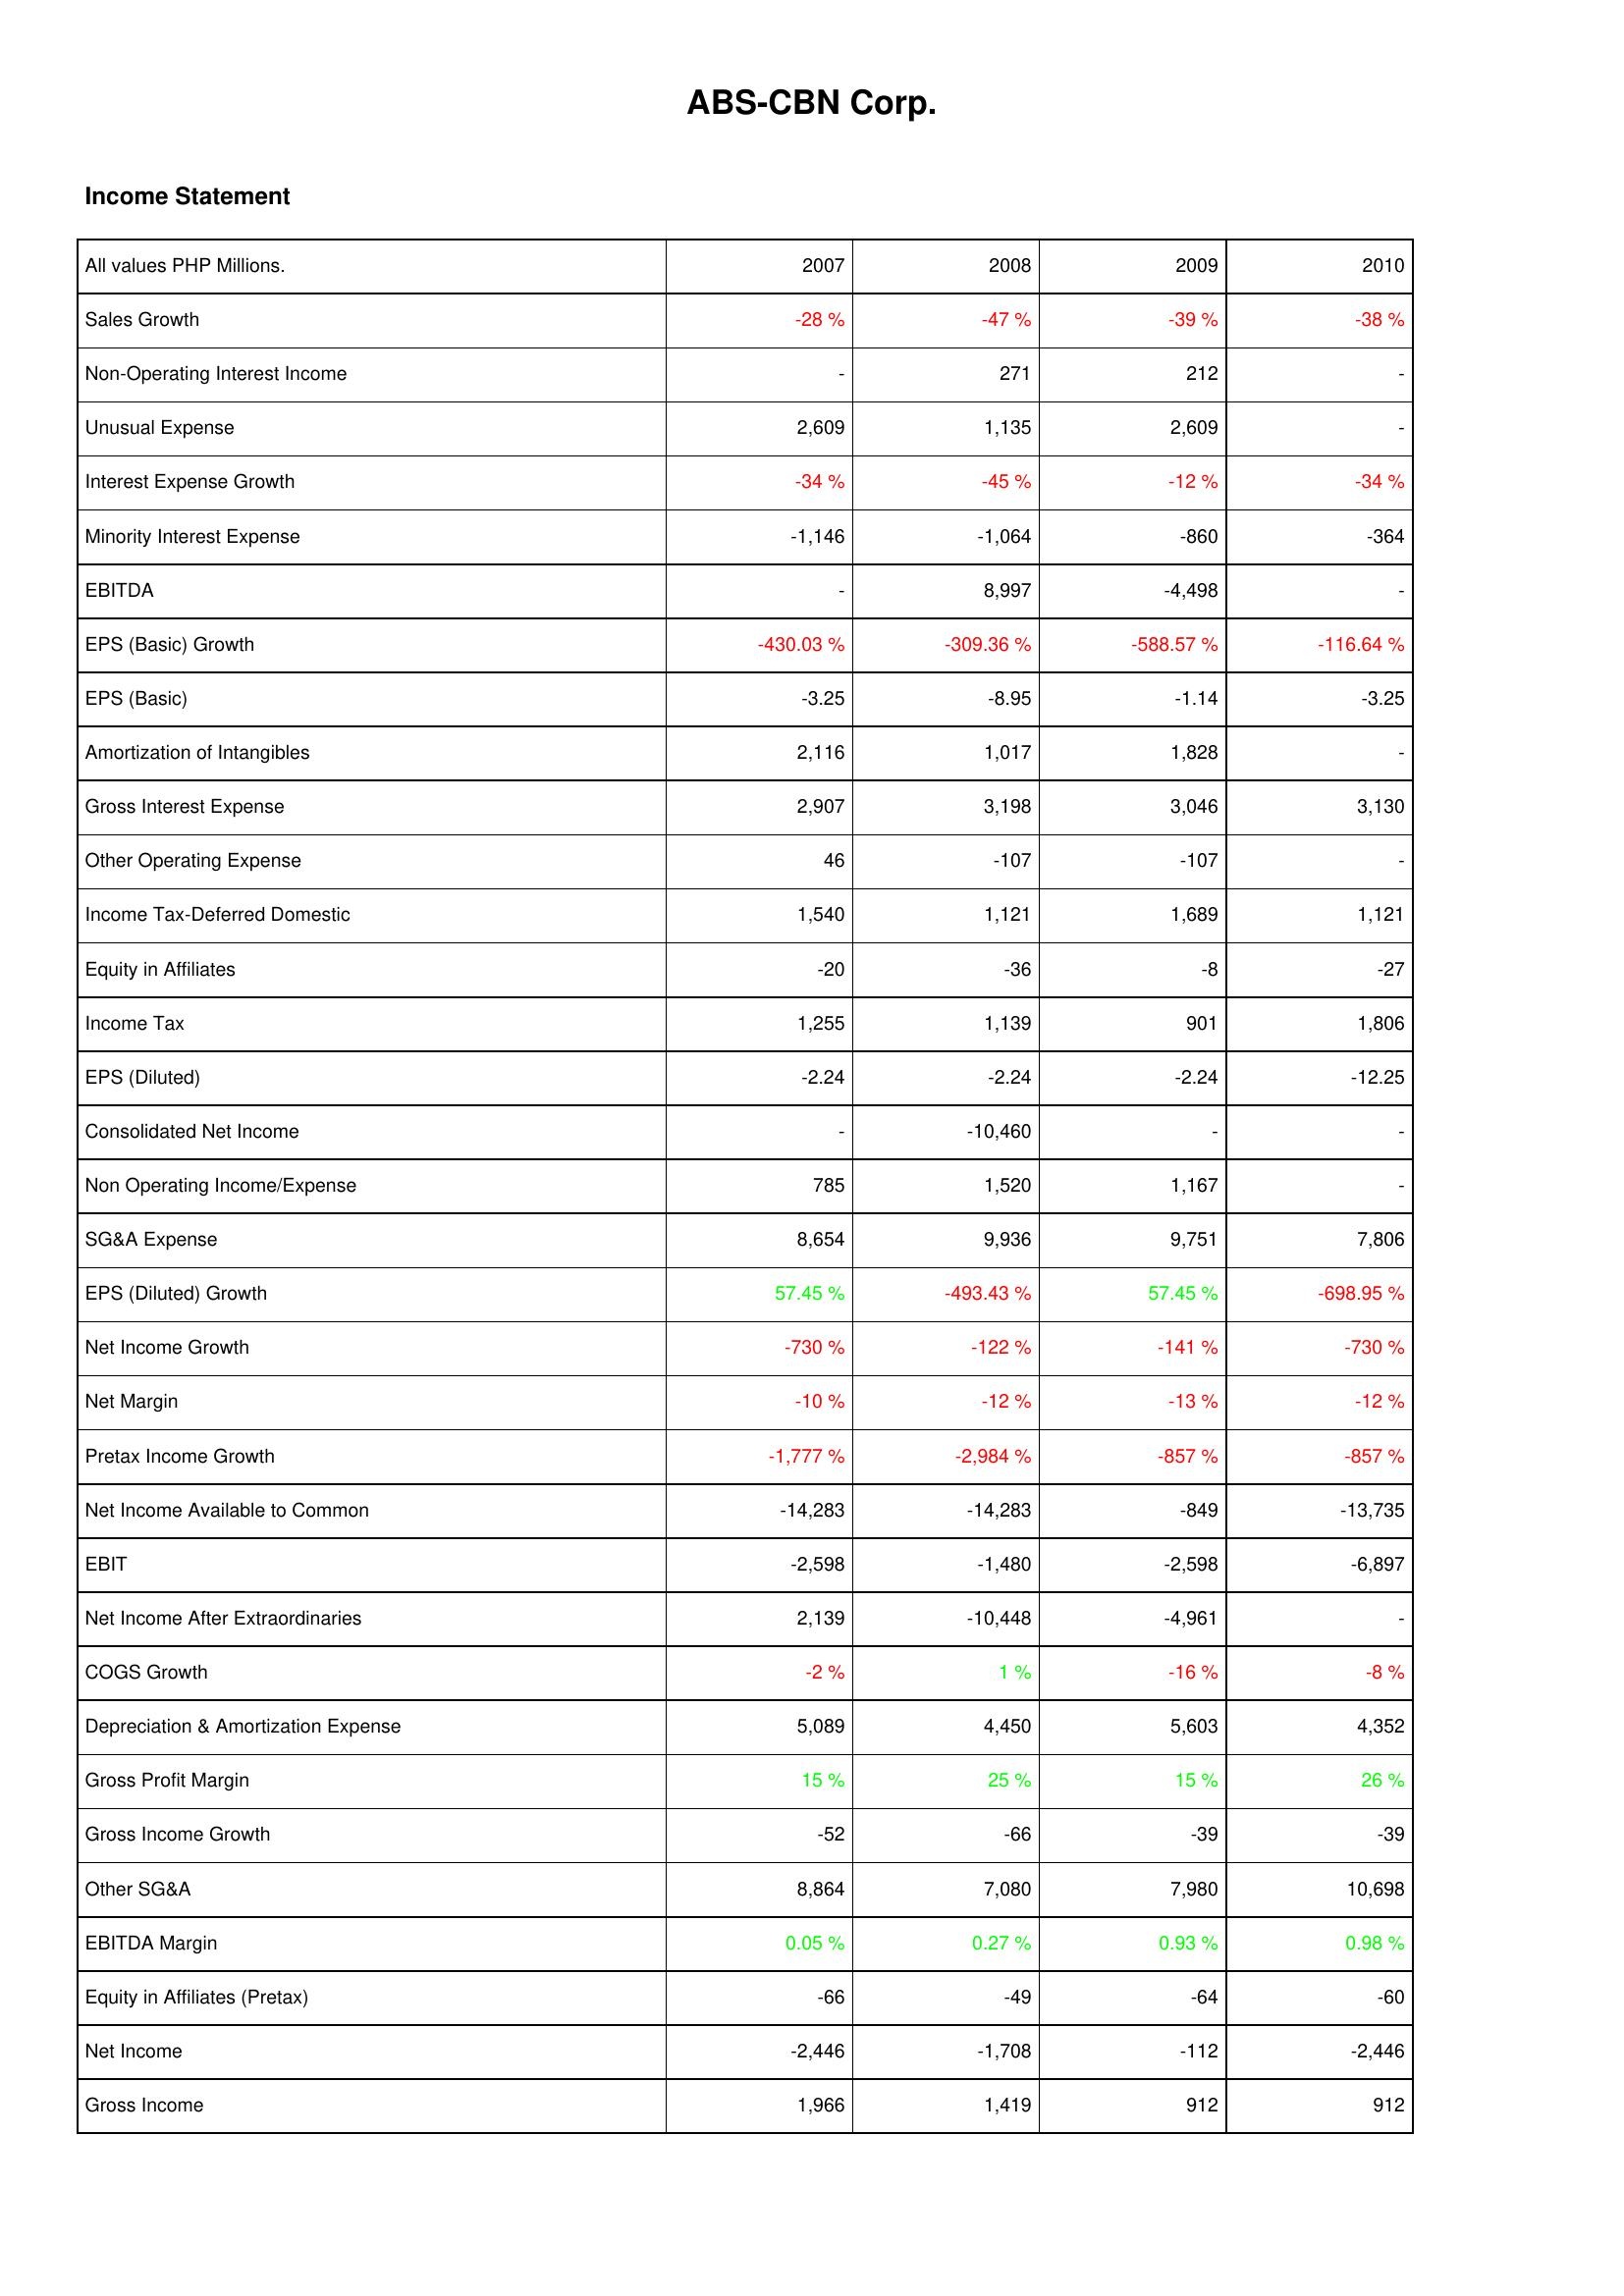
2007: Income Statement: Sales Growth: -28 %
Non-Operating Interest Income: -
Unusual Expense: 2,609
Interest Expense Growth: -34 %
Minority Interest Expense: -1,146
EBITDA: -
EPS (Basic) Growth: -430.03 %
EPS (Basic): -3.25
Amortization of Intangibles: 2,116
Gross Interest Expense: 2,907
Other Operating Expense: 46
Income Tax-Deferred Domestic: 1,540
Equity in Affiliates: -20
Income Tax: 1,255
EPS (Diluted): -2.24
Consolidated Net Income: -
Non Operating Income/Expense: 785
SG&A Expense: 8,654
EPS (Diluted) Growth: 57.45 %
Net Income Growth: -730 %
Net Margin: -10 %
Pretax Income Growth: -1,777 %
Net Income Available to Common: -14,283
EBIT: -2,598
Net Income After Extraordinaries: 2,139
COGS Growth: -2 %
Depreciation & Amortization Expense: 5,089
Gross Profit Margin: 15 %
Gross Income Growth: -52
Other SG&A: 8,864
EBITDA Margin: 0.05 %
Equity in Affiliates (Pretax): -66
Net Income: -2,446
Gross Income: 1,966
2008: Income Statement: Sales Growth: -47 %
Non-Operating Interest Income: 271
Unusual Expense: 1,135
Interest Expense Growth: -45 %
Minority Interest Expense: -1,064
EBITDA: 8,997
EPS (Basic) Growth: -309.36 %
EPS (Basic): -8.95
Amortization of Intangibles: 1,017
Gross Interest Expense: 3,198
Other Operating Expense: -107
Income Tax-Deferred Domestic: 1,121
Equity in Affiliates: -36
Income Tax: 1,139
EPS (Diluted): -2.24
Consolidated Net Income: -10,460
Non Operating Income/Expense: 1,520
SG&A Expense: 9,936
EPS (Diluted) Growth: -493.43 %
Net Income Growth: -122 %
Net Margin: -12 %
Pretax Income Growth: -2,984 %
Net Income Available to Common: -14,283
EBIT: -1,480
Net Income After Extraordinaries: -10,448
COGS Growth: 1 %
Depreciation & Amortization Expense: 4,450
Gross Profit Margin: 25 %
Gross Income Growth: -66
Other SG&A: 7,080
EBITDA Margin: 0.27 %
Equity in Affiliates (Pretax): -49
Net Income: -1,708
Gross Income: 1,419
2009: Income Statement: Sales Growth: -39 %
Non-Operating Interest Income: 212
Unusual Expense: 2,609
Interest Expense Growth: -12 %
Minority Interest Expense: -860
EBITDA: -4,498
EPS (Basic) Growth: -588.57 %
EPS (Basic): -1.14
Amortization of Intangibles: 1,828
Gross Interest Expense: 3,046
Other Operating Expense: -107
Income Tax-Deferred Domestic: 1,689
Equity in Affiliates: -8
Income Tax: 901
EPS (Diluted): -2.24
Consolidated Net Income: -
Non Operating Income/Expense: 1,167
SG&A Expense: 9,751
EPS (Diluted) Growth: 57.45 %
Net Income Growth: -141 %
Net Margin: -13 %
Pretax Income Growth: -857 %
Net Income Available to Common: -849
EBIT: -2,598
Net Income After Extraordinaries: -4,961
COGS Growth: -16 %
Depreciation & Amortization Expense: 5,603
Gross Profit Margin: 15 %
Gross Income Growth: -39
Other SG&A: 7,980
EBITDA Margin: 0.93 %
Equity in Affiliates (Pretax): -64
Net Income: -112
Gross Income: 912
2010: Income Statement: Sales Growth: -38 %
Non-Operating Interest Income: -
Unusual Expense: -
Interest Expense Growth: -34 %
Minority Interest Expense: -364
EBITDA: -
EPS (Basic) Growth: -116.64 %
EPS (Basic): -3.25
Amortization of Intangibles: -
Gross Interest Expense: 3,130
Other Operating Expense: -
Income Tax-Deferred Domestic: 1,121
Equity in Affiliates: -27
Income Tax: 1,806
EPS (Diluted): -12.25
Consolidated Net Income: -
Non Operating Income/Expense: -
SG&A Expense: 7,806
EPS (Diluted) Growth: -698.95 %
Net Income Growth: -730 %
Net Margin: -12 %
Pretax Income Growth: -857 %
Net Income Available to Common: -13,735
EBIT: -6,897
Net Income After Extraordinaries: -
COGS Growth: -8 %
Depreciation & Amortization Expense: 4,352
Gross Profit Margin: 26 %
Gross Income Growth: -39
Other SG&A: 10,698
EBITDA Margin: 0.98 %
Equity in Affiliates (Pretax): -60
Net Income: -2,446
Gross Income: 912